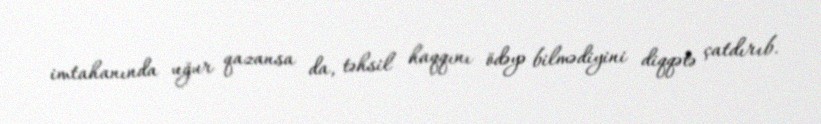
imtahanında uğur qazansa da, təhsil haqqını ödəyə bilmədiyini diqqətə çatdırıb.